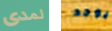
لمدى يوجد